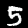
Label: 5